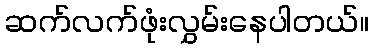
ဆက်လက်ဖုံးလွှမ်းနေပါတယ်။